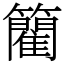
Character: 䉮